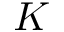
K